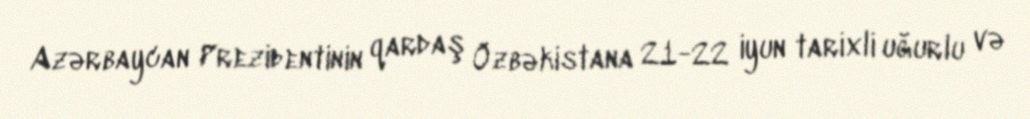
Azərbaycan Prezidentinin qardaş Özbəkistana 21-22 iyun tarixli uğurlu və